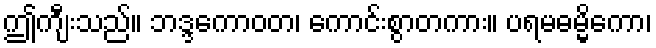
ဤကျီးသည်။ ဘဒ္ဒကောဝတ၊ ကောင်းစွာတကား။ ပရမဓမ္မိကော၊